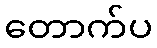
တောက်ပ